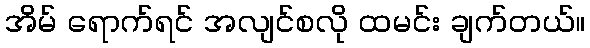
အိမ် ရောက်ရင် အလျင်စလို ထမင်း ချက်တယ်။